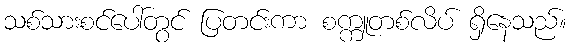
သစ်သားစင်ပေါ်တွင် ပြတင်းကာ စက္ကူတစ်လိပ် ရှိနေသည်။